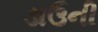
ડાઉની